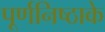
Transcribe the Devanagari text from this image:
पूर्णनिष्ठाके